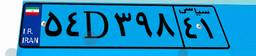
۵۴D۳۹۸۴۱